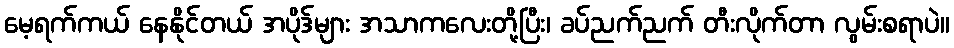
မေ့ရက်ကယ် နေနိုင်တယ် အပိုဒ်များ အသာကလေးတို့ပြီး၊ ခပ်ညက်ညက် တီးလိုက်တာ လွမ်းစရာပဲ။